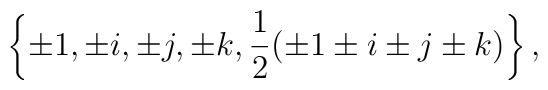
\left\{\pm 1, \pm i, \pm j, \pm k, \frac{1}{2}(\pm 1 \pm i \pm j \pm k)\right\},